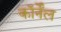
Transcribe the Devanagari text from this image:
कॉर्नेंल